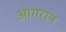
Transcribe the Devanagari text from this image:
आगरान